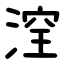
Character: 㴏